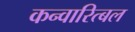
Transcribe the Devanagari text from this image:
कन्वारित्बल